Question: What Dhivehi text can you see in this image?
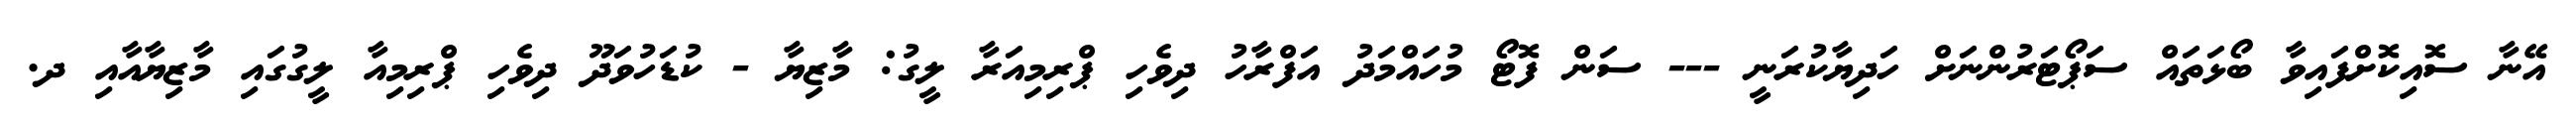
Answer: އޭނާ ސޮއިކޮށްފައިވާ ބޯޅަތައް ސަޕޯޓަރުންނަށް ހަދިޔާކުރަނީ --- ސަން ފޮޓޯ މުހައްމަދު އަފްރާހު ދިވެހި ޕްރިމިއަރާ ލީގު: މާޒިޔާ - ކުޑަހުވަދޫ ދިވެހި ޕްރިމިއާ ލީގުގައި މާޒިޔާއާއި ދ.